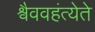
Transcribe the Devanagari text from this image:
श्वैववहंत्येते